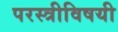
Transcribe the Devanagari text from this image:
परस्त्रीविषयी